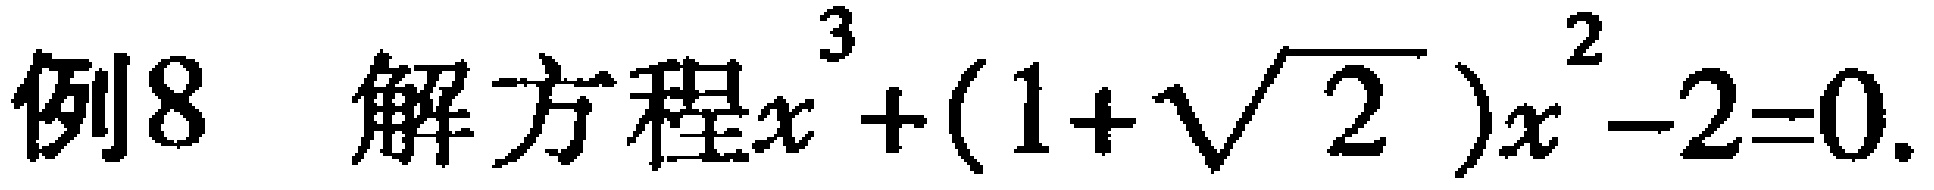
例8 解方程\(x^{3}+(1 + \sqrt{2})x^{2}-2 = 0\)